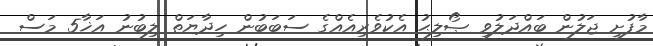
މާފުށީ ޖަލުން ބައްދަލުވި ޞޯލިޙު އެކުވެރިއެއްގެ ސަބަބުން ހިދާޔަތް ލިބުނު އަޚާ5 މަސް